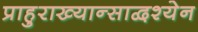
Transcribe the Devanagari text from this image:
प्राहुराख्यान्साद्वश्येन